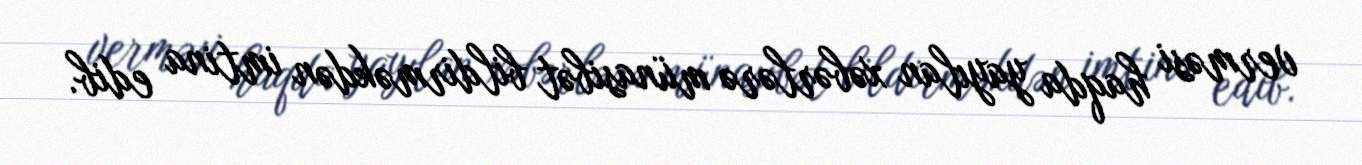
verməsi haqda yayılan xəbərlərə münasibət bildirməkdən imtina edib.